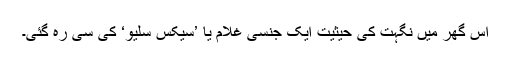
اس گھر میں نگہت کی حیثیت ایک جنسی غلام یا ’سیکس سلیو‘ کی سی رہ گئی۔